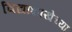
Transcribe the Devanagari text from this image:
विद्याशाखेच्या